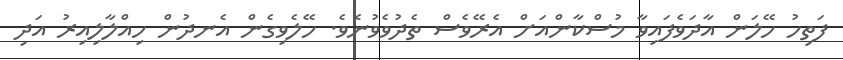
ފަތިހު ހޭލަން އާދަވެފައިވާ މުސްކާންއަށް އެރޭވެސް ތެދުވެވުނެވެ. ހޭލެވިގެން އެނދުން ހިއްލާލިއިރު އަދި